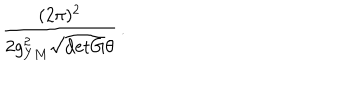
\frac { ( 2 \pi ) ^ { 2 } } { 2 g _ { Y M } ^ { 2 } \sqrt { \mathrm { d e t } G } \theta } \, .